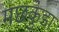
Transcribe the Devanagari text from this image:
मछकुंडा